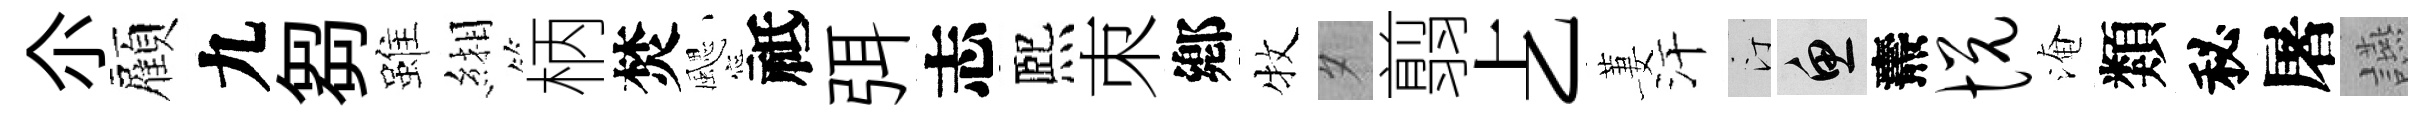
尒顏九芻雖緗柄焚颸祗弭志熈朿鄕牧夕翦𠧒萋汗汀魚燾悦淹類秘屠讌